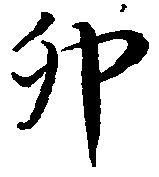
卯